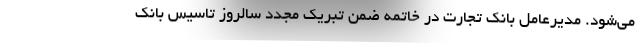
می‌شود. مدیرعامل بانک تجارت در خاتمه ضمن تبریک مجدد سالروز تاسیس بانک